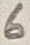
Text: 6